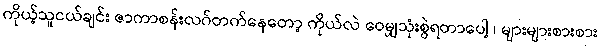
ကိုယ့်သူငယ်ချင်း ဇာကာစန်းလဂ်တက်နေတော့ ကိုယ်လဲ ဝေမျှသုံးစွဲရတာပေါ့ ၊ များများစားစား